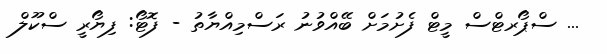
... ސްޕޯރޓްސް މީޓް ފެށުމަށް ބޭއްވުނު ރަސްމިއްޔާތު - ފޮޓޯ: ފިޔޯރީ ސްކޫލް